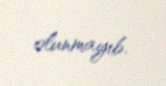
olunmayıb.